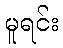
မူရင်း